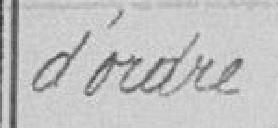
d'Ordre (numéros)